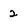
Character: 2